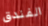
الفندق